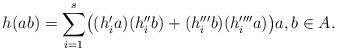
LaTeX: \begin{align*}h(ab)=\sum_{i=1}^s\bigl((h'_i a)(h''_i b) + (h'''_i b)(h''''_i a)\bigr) a,b \in A.\end{align*}